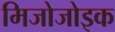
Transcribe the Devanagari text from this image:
मिजोजोइक